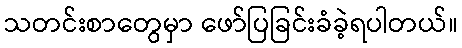
သတင်းစာတွေမှာ ဖော်ပြခြင်းခံခဲ့ရပါတယ်။